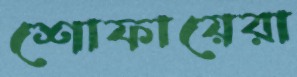
শোফায়েরা